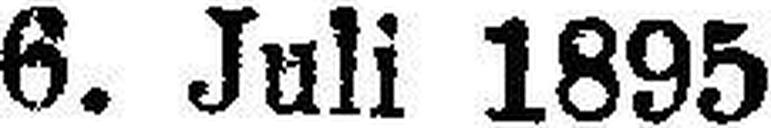
6. Juli 1895